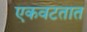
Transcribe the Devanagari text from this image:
एकवटतात